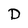
Character: D